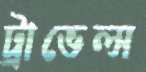
ট্রাভেল্স